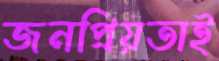
জনপ্রিয়তাই